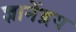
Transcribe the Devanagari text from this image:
ज्ञानेंद्रय